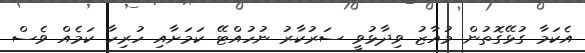
އެކަމާ ގުޅޭގޮތުން މުއާޒު ވިދާޅުވީ ސަރުކާރު ނުހުއްޓޭ ކަމަށާއި ހުރިހާ ކަމެއް ވެސް